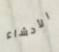
الأحشاء